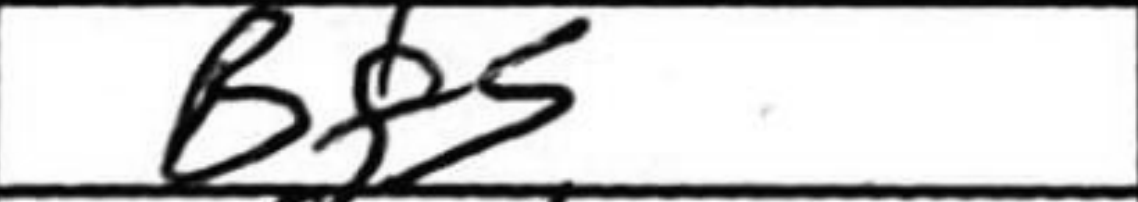
Transcription: Bf5